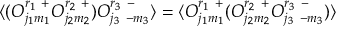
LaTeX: \langle ( { \cal O } _ { j _ { 1 } m _ { 1 } } ^ { r _ { 1 } ~ + } { \cal O } _ { j _ { 2 } m _ { 2 } } ^ { r _ { 2 } ~ + } ) { \cal O } _ { j _ { 3 } ~ { - m _ { 3 } } } ^ { r _ { 3 } ~ - } \rangle = \langle { \cal O } _ { j _ { 1 } m _ { 1 } } ^ { r _ { 1 } ~ + } ( { \cal O } _ { j _ { 2 } m _ { 2 } } ^ { r _ { 2 } ~ + } { \cal O } _ { j _ { 3 } ~ { - m _ { 3 } } } ^ { r _ { 3 } ~ - } ) \rangle \nonumber